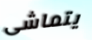
يتماشى